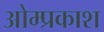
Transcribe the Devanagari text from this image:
ओम्प्रकाश